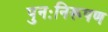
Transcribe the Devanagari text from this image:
पुनःनिरूपण